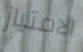
الامتياز